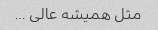
مثل همیشه عالی …